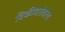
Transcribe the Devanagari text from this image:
विकीबरोबरच